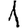
Digit: 1